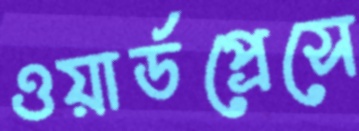
ওয়ার্ডপ্রেসে